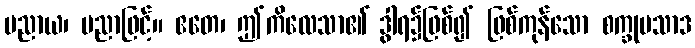
ပညာယ၊ ပညာဖြင့်။ ဧတေ၊ ဤကိလေသာ၏ ဒွါရ၌ဖြစ်၍ ဖြစ်ကုန်သော စက္ခုပသာဒ